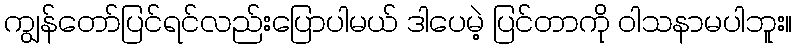
ကျွန်တော်ပြင်ရင်လည်းပြောပါမယ် ဒါပေမဲ့ ပြင်တာကို ဝါသနာမပါဘူး။